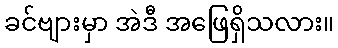
ခင်ဗျားမှာ အဲဒီ အဖြေရှိသလား။